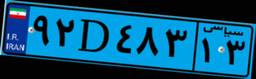
۹۲D۴۸۳۱۳